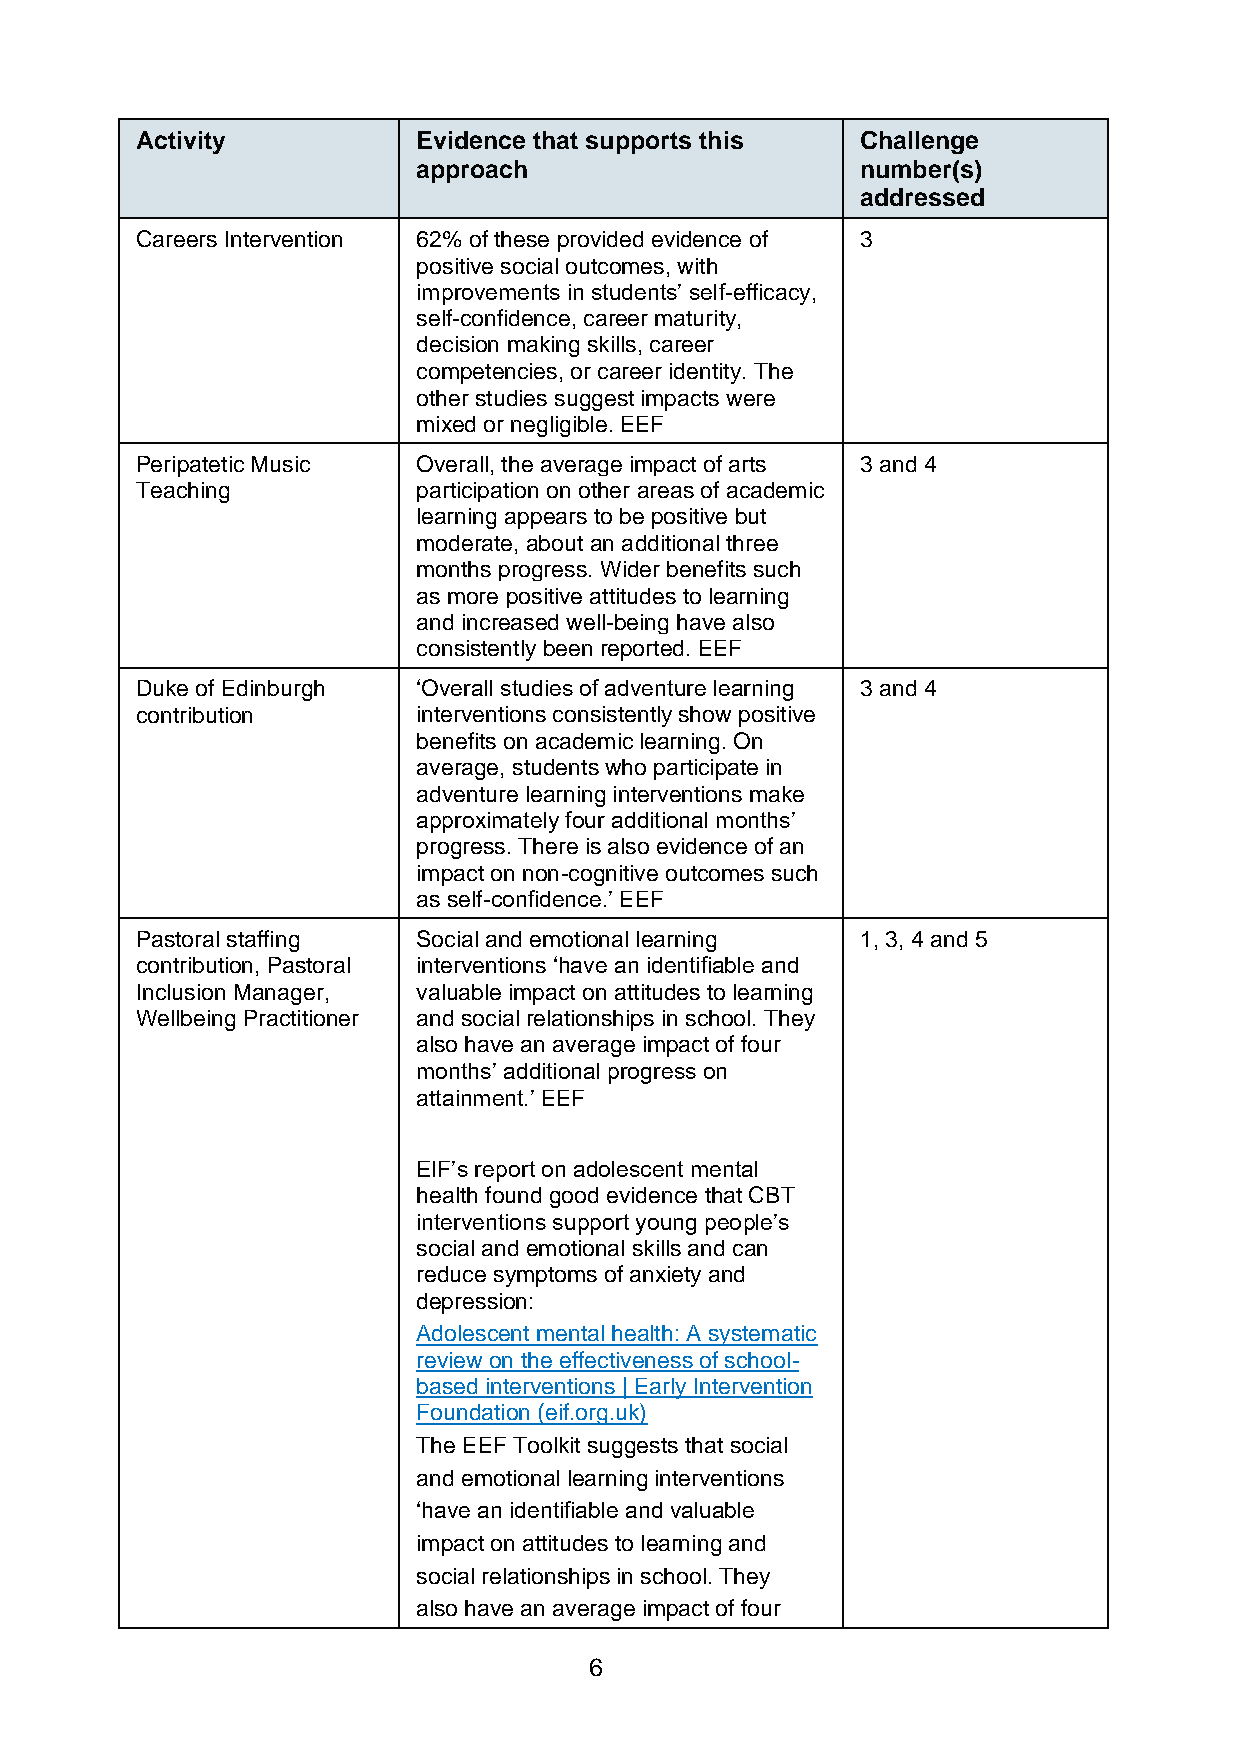
Activity           Evidence that supports this  Challenge
 approach                     number(s)
 addressed
 Careers Intervention 62% of these provided evidence of 3
 positive social outcomes, with
 improvements in students’ self-efficacy,
 self-confidence, career maturity,
 decision making skills, career
 competencies, or career identity. The
 other studies suggest impacts were
 mixed or negligible. EEF
 Peripatetic Music  Overall, the average impact of arts 3 and 4
 Teaching           participation on other areas of academic
 learning appears to be positive but
 moderate, about an additional three
 months progress. Wider benefits such
 as more positive attitudes to learning
 and increased well-being have also
 consistently been reported. EEF
 Duke of Edinburgh  ‘Overall studies of adventure learning 3 and 4
 contribution       interventions consistently show positive
 benefits on academic learning. On
 average, students who participate in
 adventure learning interventions make
 approximately four additional months’
 progress. There is also evidence of an
 impact on non-cognitive outcomes such
 as self-confidence.’ EEF
 Pastoral staffing  Social and emotional learning 1, 3, 4 and 5
 contribution, Pastoral interventions ‘have an identifiable and
 Inclusion Manager, valuable impact on attitudes to learning
 Wellbeing Practitioner and social relationships in school. They
 also have an average impact of four
 months’ additional progress on
 attainment.’ EEF
 EIF’s report on adolescent mental
 health found good evidence that CBT
 interventions support young people’s
 social and emotional skills and can
 reduce symptoms of anxiety and
 depression:
 Adolescent mental health: A systematic
 review on the effectiveness of school-
 based interventions | Early Intervention
 Foundation (eif.org.uk)
 The EEF Toolkit suggests that social
 and emotional learning interventions
 ‘have an identifiable and valuable
 impact on attitudes to learning and
 social relationships in school. They
 also have an average impact of four
 6